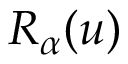
R _ { \alpha } ( u )